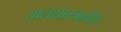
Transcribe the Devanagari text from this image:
तालशास्त्रातील